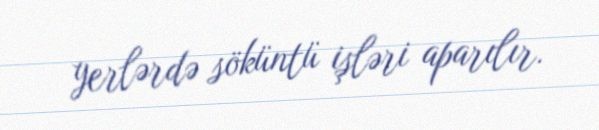
yerlərdə söküntü işləri aparılır.